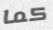
كما